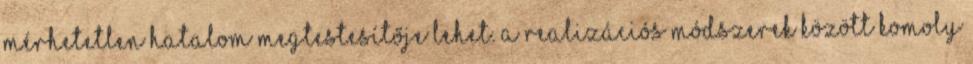
mérhetetlen hatalom megtestesítője lehet. A realizációs módszerek között komoly